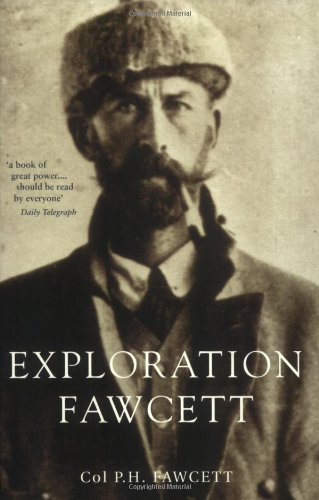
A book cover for Exploration Fawcett; Col. Percy Fawcett; Travel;